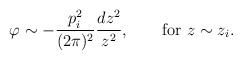
\begin{align*}\varphi\sim -{p_i^2\over (2\pi)^2}{dz^2\over z^2},\quad \quad{\rm for}\,\, z\sim z_i.\end{align*}